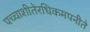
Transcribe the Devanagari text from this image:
पच्चाशीतेरधिकमपनीते